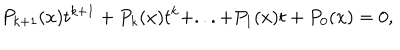
P _ { k + 1 } ( x ) t ^ { k + 1 } + P _ { k } ( x ) t ^ { k } + . . . + P _ { 1 } ( x ) t + P _ { 0 } ( x ) = 0 ,